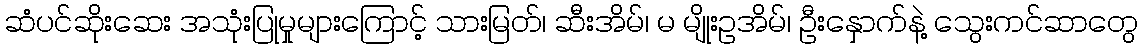
ဆံပင်ဆိုးဆေး အသုံးပြုမှုများကြောင့် သားမြတ်၊ ဆီးအိမ်၊ မ မျိုးဥအိမ်၊ ဦးနှောက်နဲ့ သွေးကင်ဆာတွေ